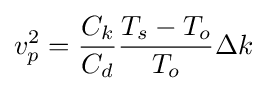
v_{p}^{2}={\frac {C_{k}}{C_{d}}}{\frac {T_{s}-T_{o}}{T_{o}}}\Delta k